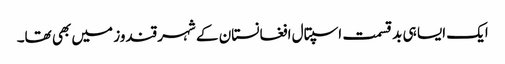
ایک ایسا ہی بد قسمت اسپتال افغانستان کے شہر قندوز میں بھی تھا۔